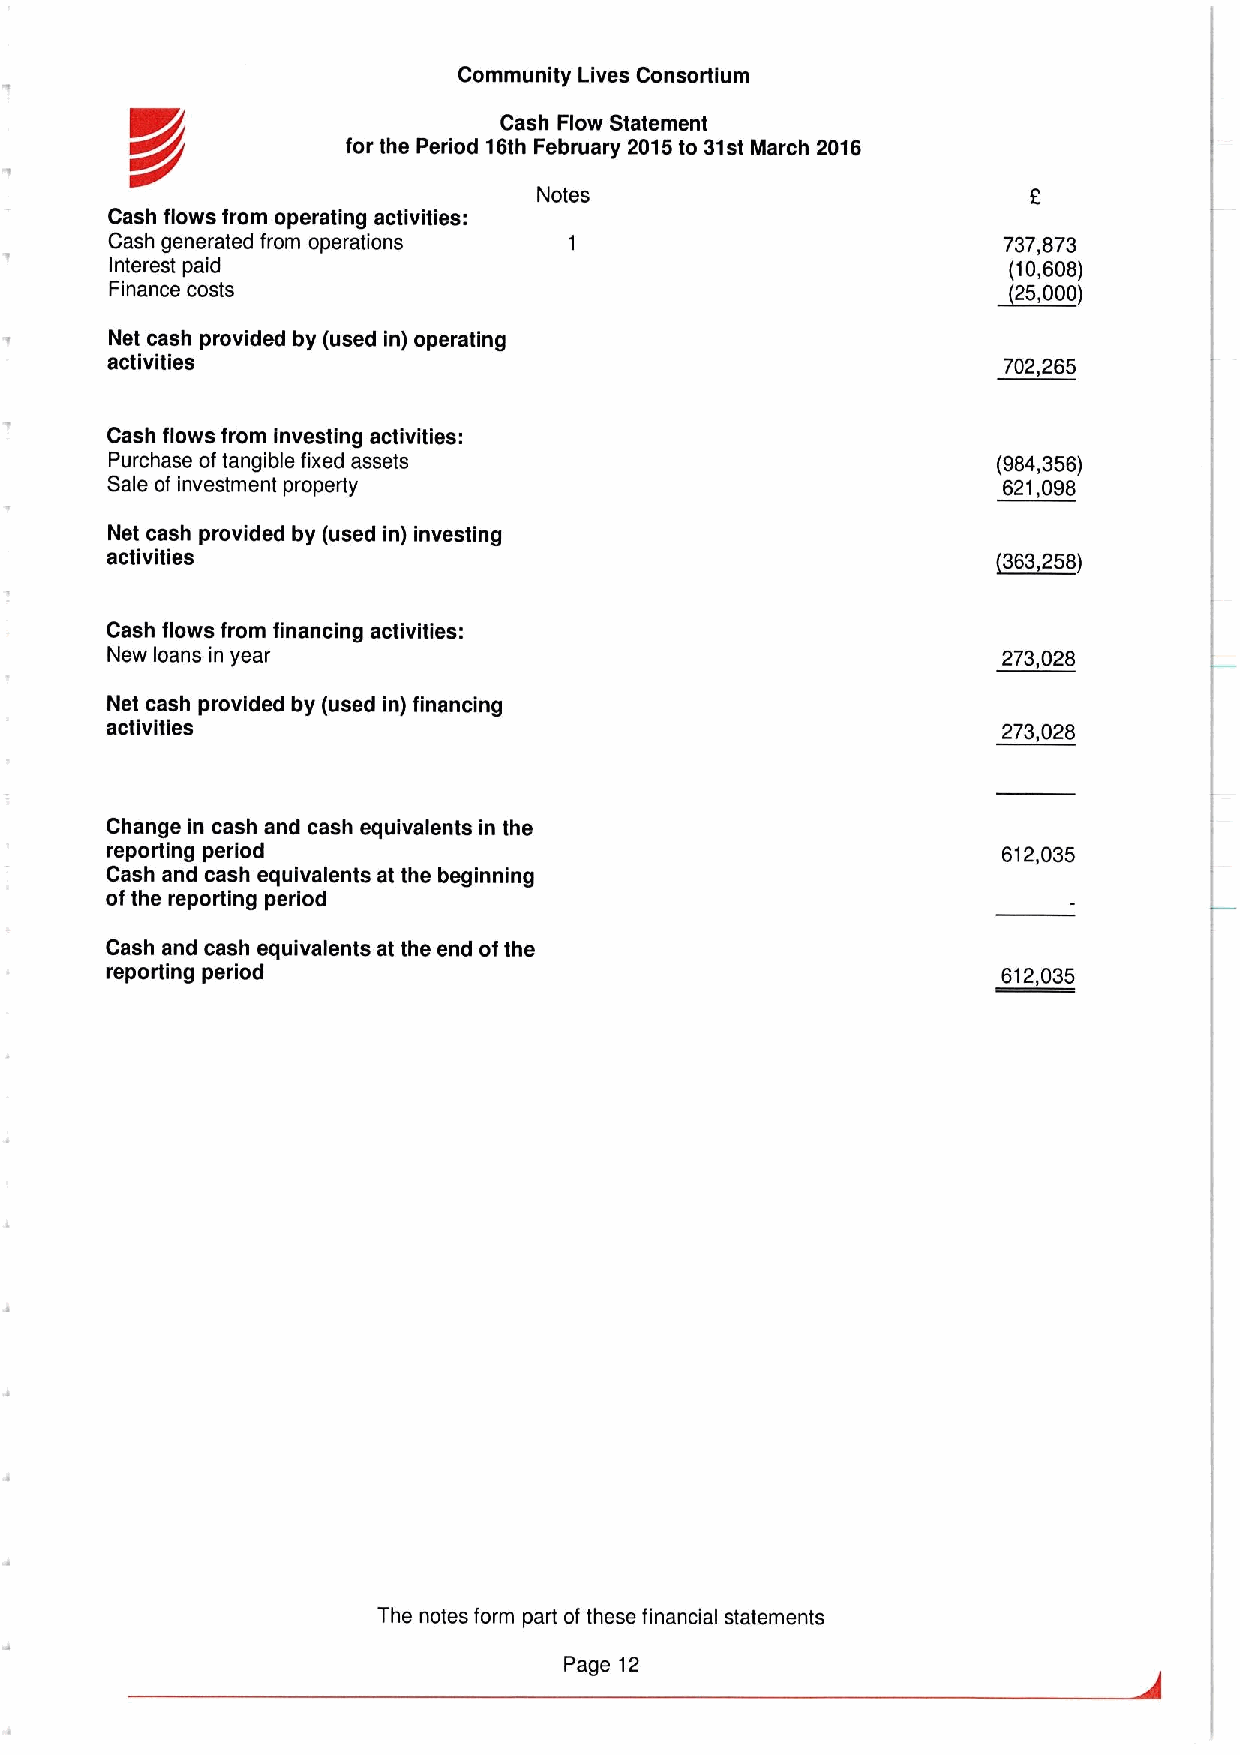
Community Lives Consortium
 Cash Flow Statement
 for the Period 16th February 2015to 31st March 2016
 Notes
 Cash flows from operating activities:
 Cash generated from operations                             737,873
 Interest paid                                               (10,608)
 Finance costs                                              ~25,000)
 Net cash provided by (used in) operating
 activities                                                 702,265
 Cash flows from investing activities:
 Purchase oftangible fixed assets                           (984,356)
 Sale of investment property                                621,098
 Net cash provided by (used in) investing
 activities                                                 (363,258)
 Cash flows from financing activities:
 New loans in year                                          273,028
 Net cash provided by (used in) financing
 activities                                                 273,028
 Change in cash and cash equivalents in the
 reporting period                                           612,035
 Cash and cash equivalents at the beginning
 of the reporting period
 Cash and cash equivalents at the end ofthe
 reporting period                                           612,035
 The notes form part of these financial statements
 Page 12